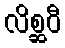
လိစ္ဆဝီ